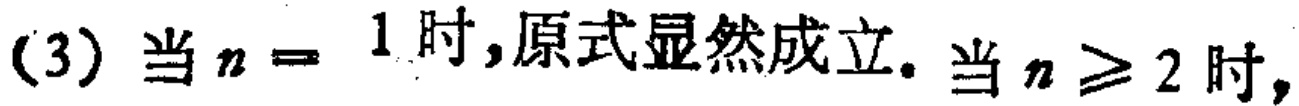
(3) 当 \(n = 1\) 时,原式显然成立. 当 \(n\geq 2\) 时,